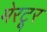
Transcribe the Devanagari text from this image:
मेरटूर